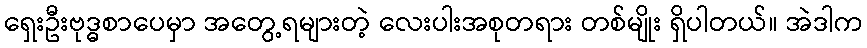
ရှေးဦးဗုဒ္ဓစာပေမှာ အတွေ့ရများတဲ့ လေးပါးအစုတရား တစ်မျိုး ရှိပါတယ်။ အဲဒါက